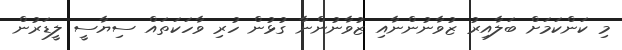
މި ކަންކަމަށް ބަލާއިރު ޒުވާނުންނާއި ޒުވާނުންނާ ގުޅުން ހުރި ވާހަކަތައް ސިޔާސީ ލީޑަރުން